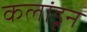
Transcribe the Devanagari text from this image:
कलांडून